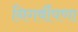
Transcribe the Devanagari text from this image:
निगर्वीपणा